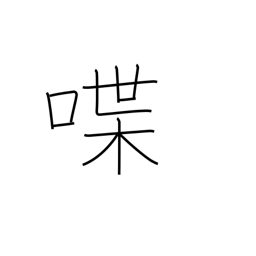
Meaning: talk